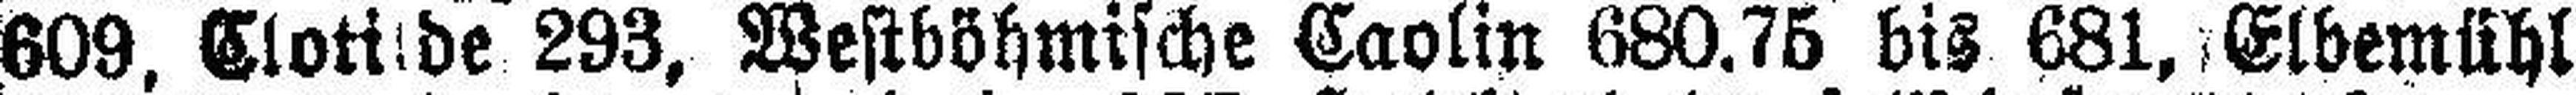
609. Clotilde 293, Westböhmische Caolin 680.75 bis 681, Elbemühl